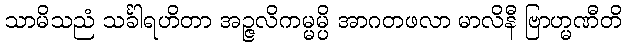
သာမိသညံ သင်္ခါရဟိတာ အဉ္ဇလိကမ္မမ္ပိ အာဂတဖလာ မာလိနီ ဗြာဟ္မဏီတိ